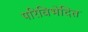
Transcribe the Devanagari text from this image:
परिविभेदित